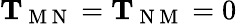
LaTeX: \mathbf{T}_{\mathrm{~M~N~}}=\mathbf{T}_{\mathrm{~N~M~}}=0